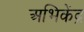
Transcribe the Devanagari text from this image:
अभिकेंद्र